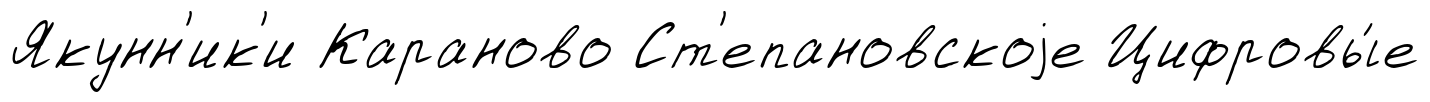
Якунн'ик'и Караново Ст'епановскоjе Цифровы́е